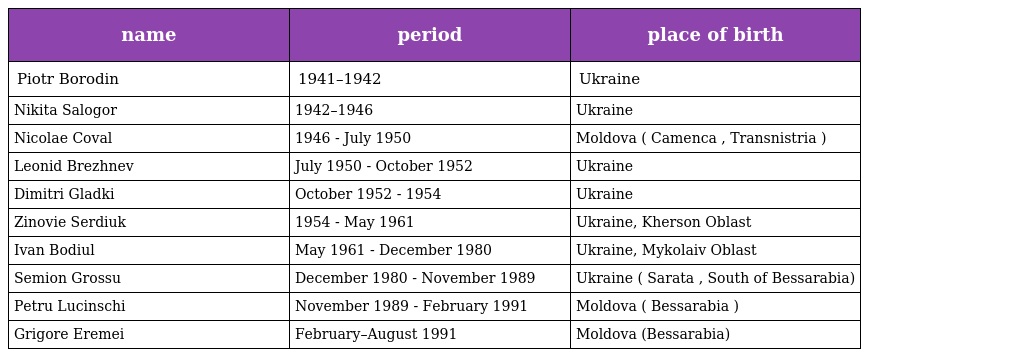
| name | period | place of birth |
 | --- | --- | --- |
 | Piotr Borodin | 1941–1942 | Ukraine |
 | Nikita Salogor | 1942–1946 | Ukraine |
 | Nicolae Coval | 1946 - July 1950 | Moldova ( Camenca , Transnistria ) |
 | Leonid Brezhnev | July 1950 - October 1952 | Ukraine |
 | Dimitri Gladki | October 1952 - 1954 | Ukraine |
 | Zinovie Serdiuk | 1954 - May 1961 | Ukraine, Kherson Oblast |
 | Ivan Bodiul | May 1961 - December 1980 | Ukraine, Mykolaiv Oblast |
 | Semion Grossu | December 1980 - November 1989 | Ukraine ( Sarata , South of Bessarabia) |
 | Petru Lucinschi | November 1989 - February 1991 | Moldova ( Bessarabia ) |
 | Grigore Eremei | February–August 1991 | Moldova (Bessarabia) |